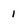
Character: 1